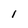
Character: 1